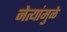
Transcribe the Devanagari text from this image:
नेत्यांमुळे